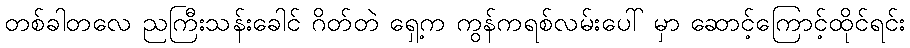
တစ်ခါတလေ ညကြီးသန်းခေါင် ဂိတ်တဲ ရှေ့က ကွန်ကရစ်လမ်းပေါ် မှာ ဆောင့်ကြောင့်ထိုင်ရင်း